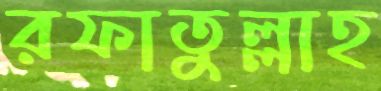
রফাতুল্লাহ